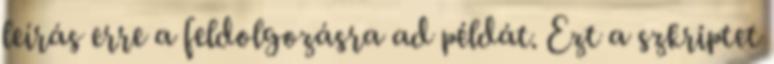
leírás erre a feldolgozásra ad példát. Ezt a szkriptet